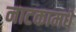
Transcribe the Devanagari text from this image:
नाटकामधे